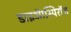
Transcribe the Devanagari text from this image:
डाइऑस्पिरॉस